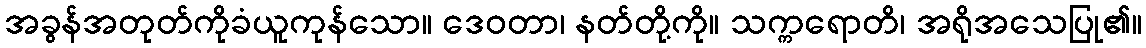
အခွန်အတုတ်ကိုခံယူကုန်သော။ ဒေဝတာ၊ နတ်တို့ကို။ သက္ကရောတိ၊ အရိုအသေပြု၏။